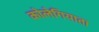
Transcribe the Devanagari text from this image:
कोलेगियाता